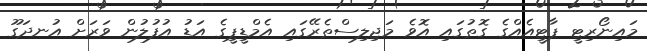
މައިނޯރިޓީ ޕާޓީއެއްގެ ގޮތުގައި އޮވެ މަޖިލިސްތެރޭގައި އެމްޑީޕީގެ އަޑު އުފުލުން ވަރަށް އުނދަގޫ